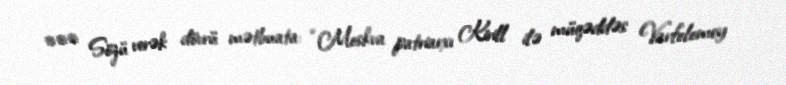
*** Sözü verək dövrü mətbuata: “Moskva patriarxı Kirill ilə müqəddəs Varfolomey